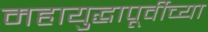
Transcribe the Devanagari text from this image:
महायुद्धापूर्वीच्या